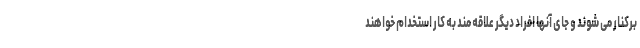
برکنار می شوند و جای آنها افراد دیگر علاقه مند به کار استخدام خواهند